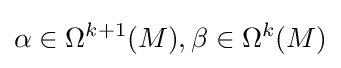
\alpha \in \Omega ^{k+1}(M),\beta \in \Omega ^{k}(M)